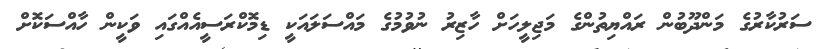
ސަރުކާރުގެ މަންދޫބުން ރައްޔިތުންގެ މަޖިލީހަށް ހާޒިރު ނުވުމުގެ މައްސަލައަކީ ޑިމޮކްރަސީއެއްގައި ވަކީން ހާއްސަކޮށް